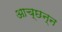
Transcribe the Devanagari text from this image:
आच्छन्‍न